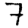
Digit: 7